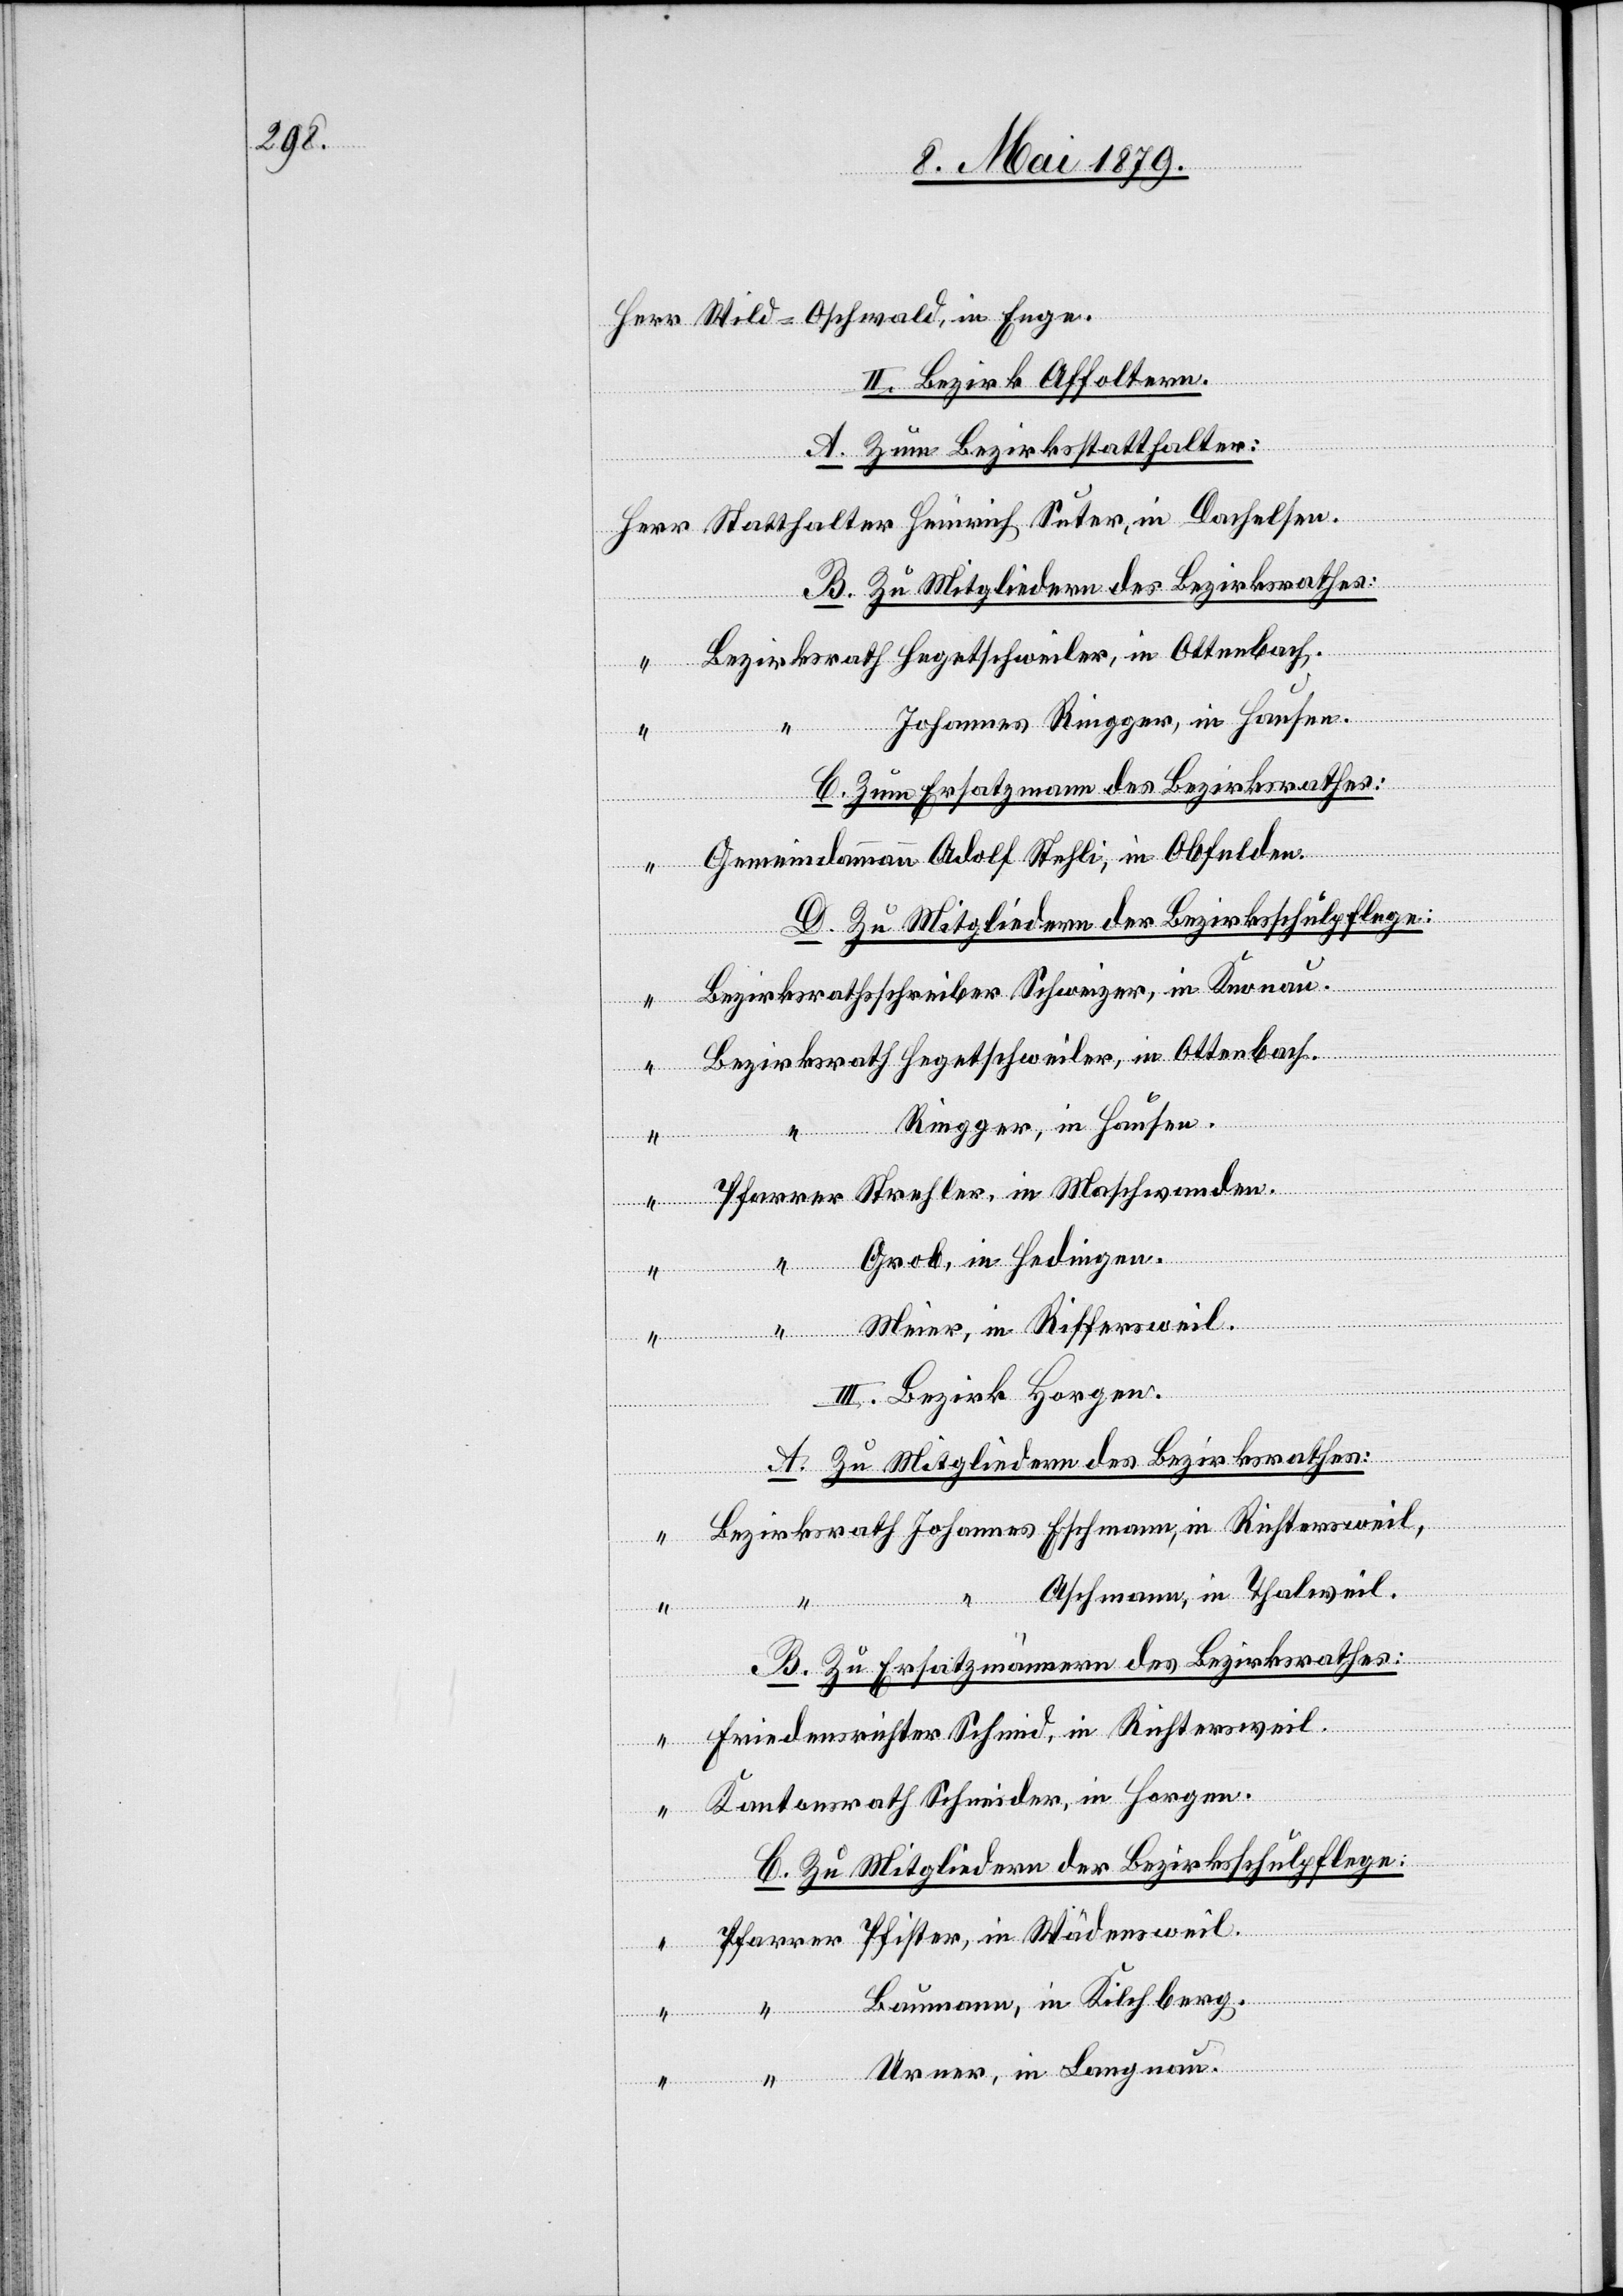
Enge.
II. Bezirk Affoltern.
A. Zum Bezirksstatthalter:
Statthalter Heinrich Suter, in Dachelsen.
B. Zu Mitgliedern des Bezirksrathes:
Bezirksrath Hegetschweiler, in Ottenbach.
Johannes Ringger, in Hausen.
C. Zum Ersatzmann des Bezirksrathes:
Gemeindammann Adolf Stehli, in Obfelden.
C. Zu Mitgliedern der Bezirksschulpflege:
Bezirksrathsschreiber Schweizer, in Knonau.
Bezirksrath Hegetschweiler, in Ottenbach.
“
in
Ringger, in Hausen.
Pfarrer Strehler, in Maschwanden.
Grob, in Hedingen.
“ Meier, in Riffersweil.
III. Bezirk Horgen.
A. Zu Mitgliedern des Bezirksrathes:
Bezirksrath Johannes Eschmann, in Richtersweil,
Aschmann, in Thalweil.
B. Zu Ersatzmännern des Bezirksrathes:
Herr
Friedensrichter Schmid, in Richtersweil.
Kantonsrath Schneider, in Horgen.
Pfarrer Pfister, in Wädensweil.
“ Baumann, in Kilchberg.
“ Urner, in Langnau.